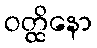
ဝတ္ထိနော